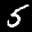
Label: 5